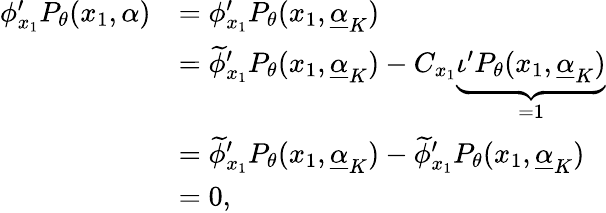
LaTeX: \begin{array}{rl}{\phi_{x_{1}}^{\prime}P_{\theta}(x_{1},\alpha)}&{=\phi_{x_{1}}^{\prime}P_{\theta}(x_{1},\underline{{\alpha}}_{K})}\\ &{=\widetilde{\phi}_{x_{1}}^{\prime}P_{\theta}(x_{1},\underline{{\alpha}}_{K})-C_{x_{1}}\underbrace{\iota^{\prime}P_{\theta}(x_{1},\underline{{\alpha}}_{K})}_{=1}}\\ &{=\widetilde{\phi}_{x_{1}}^{\prime}P_{\theta}(x_{1},\underline{{\alpha}}_{K})-\widetilde{\phi}_{x_{1}}^{\prime}P_{\theta}(x_{1},\underline{{\alpha}}_{K})}\\ &{=0,}\end{array}